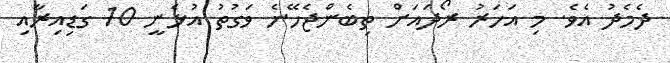
ދެމެދު އެވެ. މި އަހަރު ރޯދައަށް ތިބެންޖެހޭނެ ވަގުތު އުޅެނީ 10 ގަޑިއިރާއި